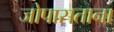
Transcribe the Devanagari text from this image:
जोपासताना